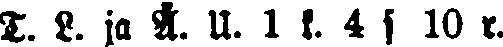
T. L. ja Å. U. 1 k. 4 s 10 r.